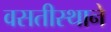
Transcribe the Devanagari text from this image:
वसतीस्थाने